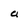
Character: a